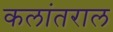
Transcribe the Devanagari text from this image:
कलांतराल